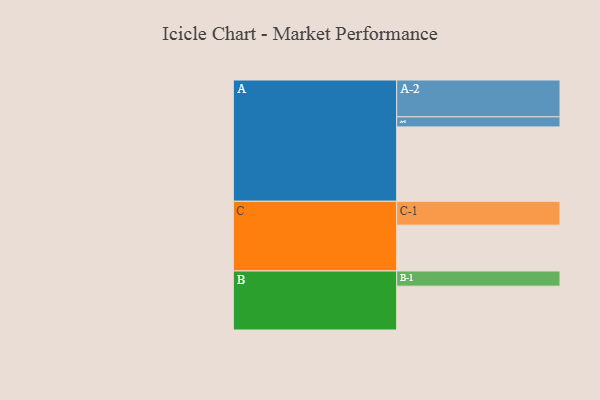
{"axis": {"x": "Segment", "y": "Value"}, "legend": ["", "A", "B", "C"], "data": [{"x": "A", "y": 529, "type": ""}, {"x": "B", "y": 312, "type": ""}, {"x": "C", "y": 326, "type": ""}, {"x": "A-1", "y": 72, "type": "A"}, {"x": "A-2", "y": 262, "type": "A"}, {"x": "B-1", "y": 108, "type": "B"}, {"x": "C-1", "y": 170, "type": "C"}]}